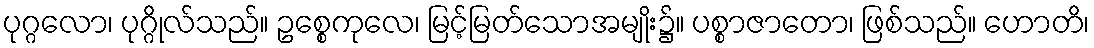
ပုဂ္ဂလော၊ ပုဂ္ဂိုလ်သည်။ ဥစ္စေကုလေ၊ မြင့်မြတ်သောအမျိုး၌။ ပစ္စာဇာတော၊ ဖြစ်သည်။ ဟောတိ၊